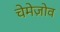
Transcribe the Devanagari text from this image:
चेमेज़ोव